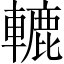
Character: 轆